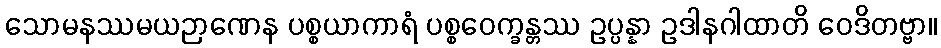
သောမနဿမယဉာဏေန ပစ္စယာကာရံ ပစ္စဝေက္ခန္တဿ ဥပ္ပန္နာ ဥဒါနဂါထာတိ ဝေဒိတဗ္ဗာ။